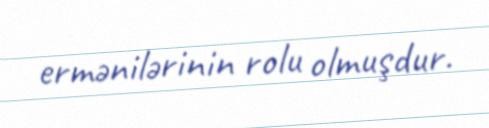
ermənilərinin rolu olmuşdur.